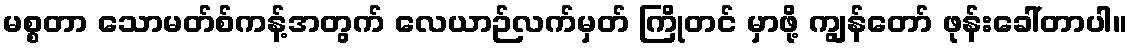
မစ္စတာ သောမတ်စ်ကန့်အတွက် လေယာဉ်လက်မှတ် ကြိုတင် မှာဖို့ ကျွန်တော် ဖုန်းခေါ်တာပါ။